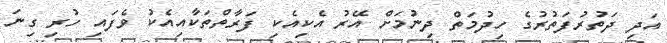
އަދި ދަތުރުފަތުުރުގެ ހިދުމަތް ދިނުމަށް އޭރު އެކިއެކި ފަރާތްތަކާއިއެކު ވެފައި ހުރި ގިނަ